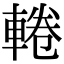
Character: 𨌫